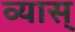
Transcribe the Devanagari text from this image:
व्यास्